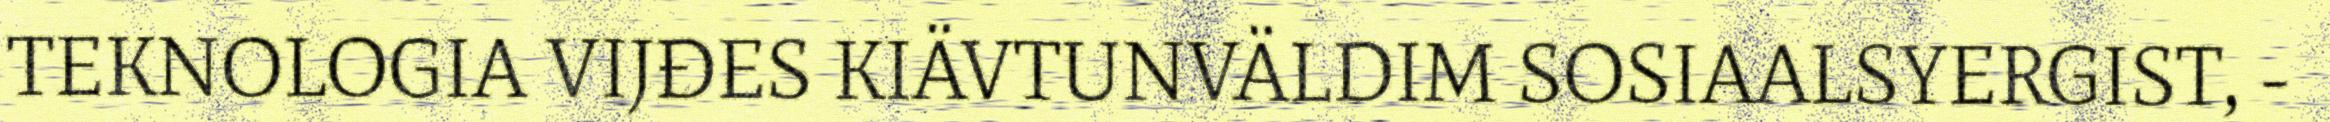
TEKNOLOGIA VIJĐES KIÄVTUNVÄLDIM SOSIAALSYERGIST, -